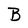
Character: B